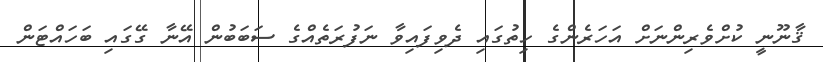
ޤާނޫނީ ކުށްވެރިންނަށް އަހަރެންގެ ހިތުގައި ދެވިފައިވާ ނަފުރަތެއްގެ ސަބަބުން އޭނާ ގޭގައި ބަހައްޓަން